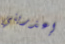
إعذريني